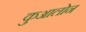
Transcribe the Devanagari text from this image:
कुआलोन